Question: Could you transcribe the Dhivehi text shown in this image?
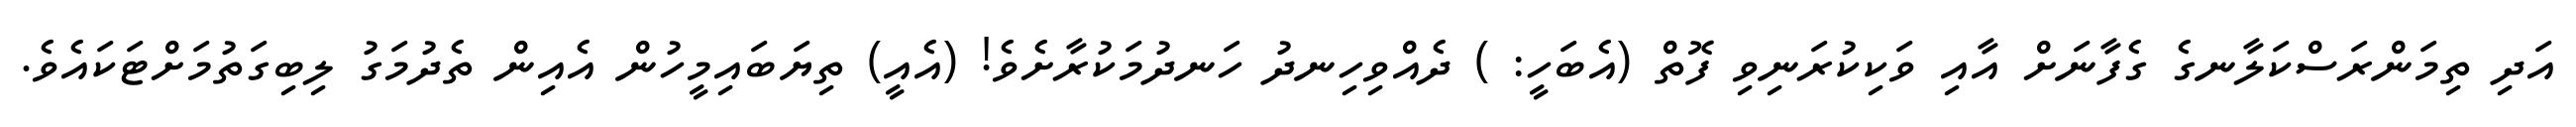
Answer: އަދި ތިމަންރަސްކަލާނގެ ގެފާނަށް އާއި ވަކިކުރަނިވި ފޮތް (އެބަހީ: ) ދެއްވިހިނދު ހަނދުމަކުރާށެވެ! (އެއީ) ތިޔަބައިމީހުން އެއިން ތެދުމަގު ލިބިގަތުމަށްޓަކައެވެ.